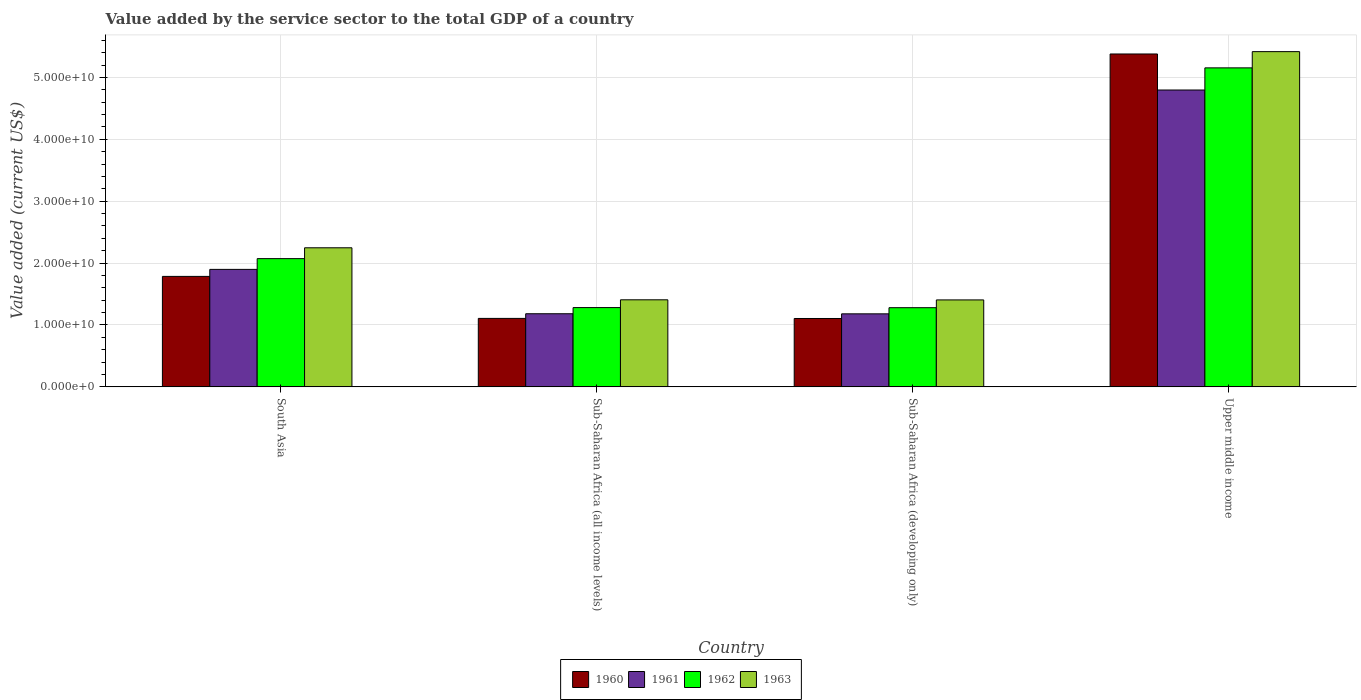
| Country | 1960 | 1961 | 1962 | 1963 |
 | --- | --- | --- | --- | --- |
 | South Asia | 1.79e+10 | 1.9e+10 | 2.07e+10 | 2.25e+10 |
 | Sub-Saharan Africa (all income levels) | 1.11e+10 | 1.18e+10 | 1.28e+10 | 1.41e+10 |
 | Sub-Saharan Africa (developing only) | 1.1e+10 | 1.18e+10 | 1.28e+10 | 1.41e+10 |
 | Upper middle income | 5.38e+10 | 4.8e+10 | 5.16e+10 | 5.42e+10 |